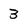
Character: 3